Indian journal of veterinary science and animal husbandry - Volumes 18-21, 1948-1951
Year: 1948
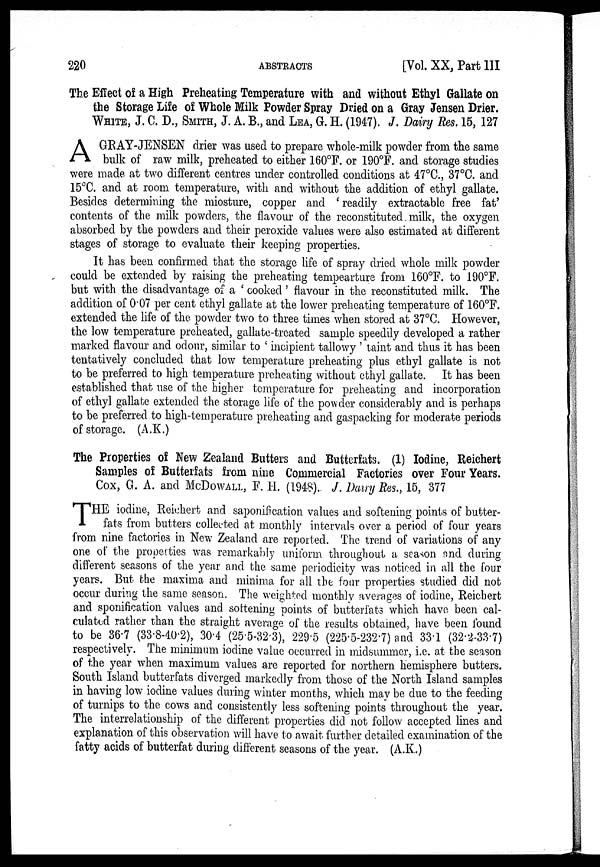
220
ABSTRACTS
[Vol. XX, Part III
The Effect of a High Preheating Temperature with and without Ethyl Gallate on
the Storage Life of Whole Milk Powder Spray Dried on a Gray Jensen Drier.
WHITE, J. C. D., SMITH, J. A. B., and LEA, G. H. (1947). J. Dairy Res. 15, 127
A GRAY-JENSEN drier was used to prepare whole-milk powder from the same
bulk of raw milk, preheated to either 160°F. or 190°F. and storage studies
were made at two different centres under controlled conditions at 47°C., 37°C. and
15°C. and at room temperature, with and without the addition of ethyl gallate.
Besides determining the miosture, copper and ' readily extractable free fat'
contents of the milk powders, the flavour of the reconstituted milk, the oxygen
absorbed by the powders and their peroxide values were also estimated at different
stages of storage to evaluate their keeping properties.
It has been confirmed that the storage life of spray dried whole milk powder
could be extended by raising the preheating tempearture from 160°F. to 190°F.
but with the disadvantage of a ' cooked ' flavour in the reconstituted milk. The
addition of 0.07 per cent ethyl gallate at the lower preheating temperature of 160°F.
extended the life of the powder two to three times when stored at 37°C. However,
the low temperature preheated, gallate-treated sample speedily developed a rather
marked flavour and odour, similar to ' incipient tallowy ' taint and thus it has been
tentatively concluded that low temperature preheating plus ethyl gallate is not
to be preferred to high temperature preheating without ethyl gallate. It has been
established that use of the higher temperature for preheating and incorporation
of ethyl gallate extended the storage life of the powder considerably and is perhaps
to be preferred to high-temperature preheating and gaspacking for moderate periods
of storage. (A.K.)
The Properties of New Zealand Butters and Butterfats. (1) Iodine, Reichert
Samples of Butterfats from nine Commercial Factories over Four Years.
Cox, G. A. and McDOWALL, F. H. (1948). J. Dairy Res., 15, 377
T HE iodine, Reichert and saponification values and softening points of butter-
fats from butters collected at monthly intervals over a period of four years
from nine factories in New Zealand are reported. The trend of variations of any
one of the properties was remarkably uniform throughout a season and during
different seasons of the year and the same periodicity was noticed in all the four
years. But the maxima and minima for all the four properties studied did not
occur during the same season. The weighted monthly averages of iodine, Reichert
and sponification values and softening points of butterfats which have been cal-
culated rather than the straight average of the results obtained, have been found
to be 36.7 (33.8-40.2), 30.4 (25.5-32.3), 229.5 (225.5-232.7) and 33.1 (32.2-33.7)
respectively. The minimum iodine value occurred in midsummer, i.e. at the season
of the year when maximum values are reported for northern hemisphere butters.
South Island butterfats diverged markedly from those of the North Island samples
in having low iodine values during winter months, which may be due to the feeding
of turnips to the cows and consistently less softening points throughout the year.
The interrelationship of the different properties did not follow accepted lines and
explanation of this observation will have to await further detailed examination of the
fatty acids of butterfat during different seasons of the year. (A.K.)